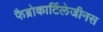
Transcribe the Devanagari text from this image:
फैब्रोकार्टिलेजीनस